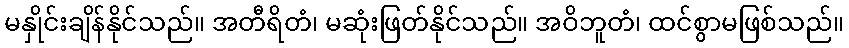
မနှိုင်းချိန်နိုင်သည်။ အတီရိတံ၊ မဆုံးဖြတ်နိုင်သည်။ အဝိဘူတံ၊ ထင်စွာမဖြစ်သည်။